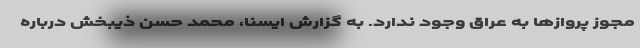
مجوز پروازها به عراق وجود ندارد. به گزارش ایسنا، محمد حسن ذیبخش درباره